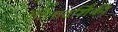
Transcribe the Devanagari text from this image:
रेटिनादर्शिकी